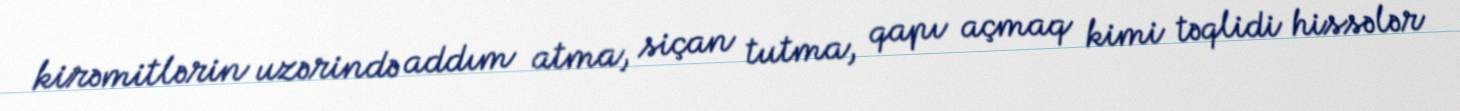
kirəmitlərin uzərində addım atma, siçan tutma, qapı açmaq kimi təqlidi hissələr